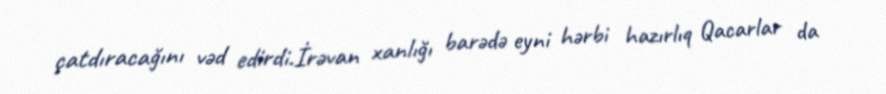
çatdıracağını vəd edirdi.İrəvan xanlığı barədə eyni hərbi hazırlıq Qacarlar da